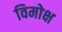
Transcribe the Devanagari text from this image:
विमोक्ष